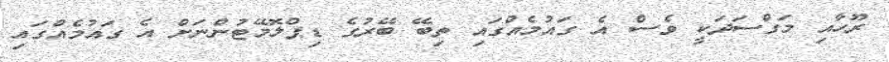
ރޫހާއި މަގްސަދަކީ ވެސް އެ ގައުމެއްގައި ތިބޭ ބޭރުގެ ޑިޕްލޮމޭޓުންނަށް އެ ގައުމެއްގައި